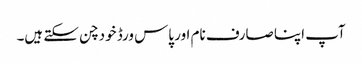
آپ اپنا صارف نام اور پاس ورڈ خود چن سکتے ہیں۔